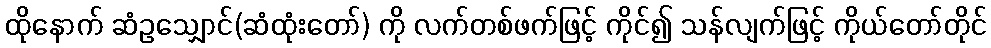
ထိုနောက် ဆံဥသျှောင်(ဆံထုံးတော်) ကို လက်တစ်ဖက်ဖြင့် ကိုင်၍ သန်လျက်ဖြင့် ကိုယ်တော်တိုင်